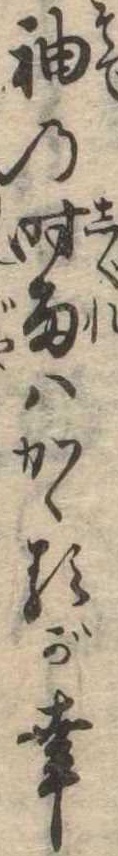
袖の時雨はかゝるが幸